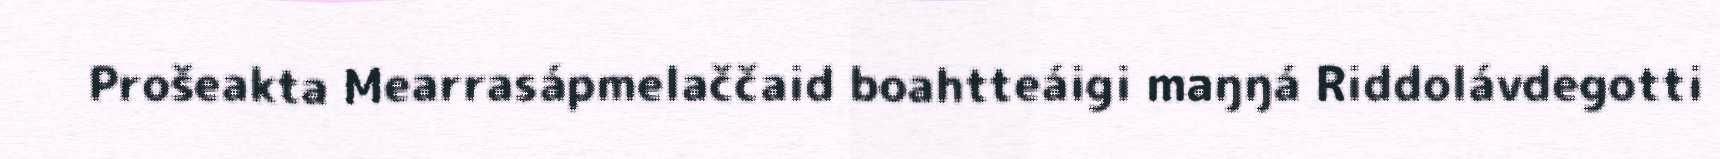
Prošeakta Mearrasápmelaččaid boahtteáigi maŋŋá Riddolávdegotti